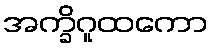
အက္ခိဂူထကော